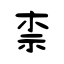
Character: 柰